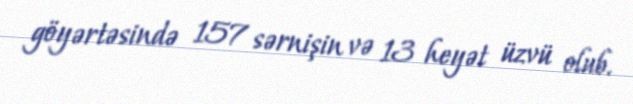
göyərtəsində 157 sərnişin və 13 heyət üzvü olub.